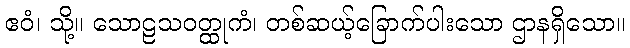
ဧဝံ၊ သို့။ သောဠသဝတ္ထုကံ၊ တစ်ဆယ့်ခြောက်ပါးသော ဌာနရှိသော။